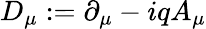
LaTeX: D_{\mu}:=\partial_{\mu}-iqA_{\mu}